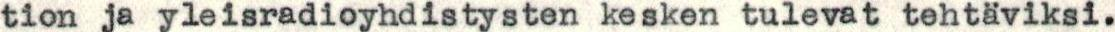
tion ja yleisradioyhdistysten kesken tulevat tehtäviksi.